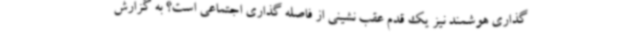
گذاری هوشمند نیز یک قدم عقب نشینی از فاصله گذاری اجتماعی است؟ به گزارش